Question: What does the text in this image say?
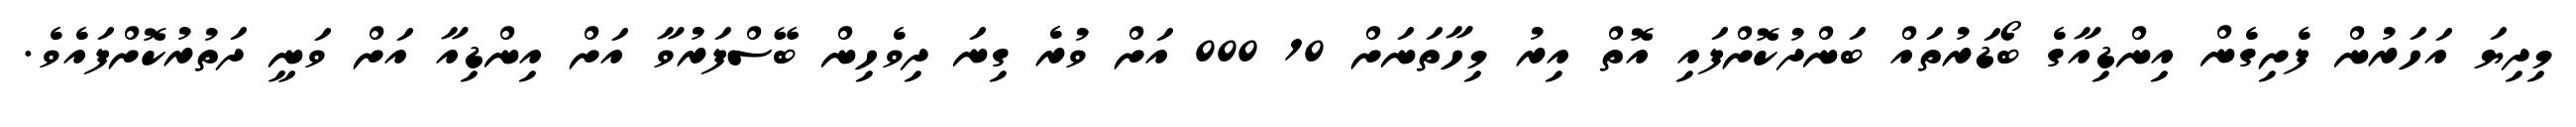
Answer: މިދިޔަ އަހަރުން ފެށިގެން އިންޑިއާގެ ބޯޑަރުތައް ބަންދުކޮށްފައި އޮތް އިރު މިހާތަނަށް 10 000 އަށް ވުރެ ގިނަ ދިވެހިން ބޭސްފަރުވާ އަށް އިންޑިއާ އަށް ވަނީ ދަތުރުކޮށްފައެވެ.